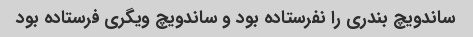
ساندویچ بندری را نفرستاده بود و ساندویچ ویگری فرستاده بود